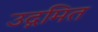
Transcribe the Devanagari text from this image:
उद्गमित